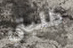
طلبتي